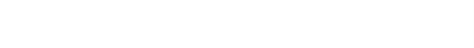
မရှိခြင်းဟူသော နတ္ထိဘောပညတ်၌။ စိတ္တံ၊ တတိယာရုပ္ပကိုရခြင်းငှာ ဘာဝနာစိတ်ကို။